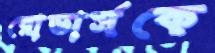
রোভার্সকে